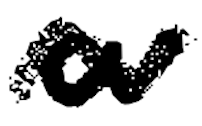
Text: a
Cross-out: mix
Writing tool: digital_black